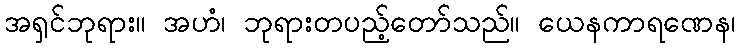
အရှင်ဘုရား။ အဟံ၊ ဘုရားတပည့်တော်သည်။ ယေနကာရဏေန၊